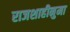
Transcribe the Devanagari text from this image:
राजशाहीनुमा